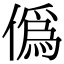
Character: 偽